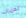
تعزيزات